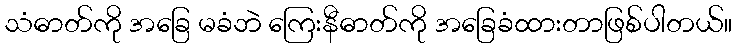
သံဓာတ်ကို အခြေ မခံဘဲ ကြေးနီဓာတ်ကို အခြေခံထားတာဖြစ်ပါတယ်။